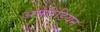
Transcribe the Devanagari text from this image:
अमेरिंडियन